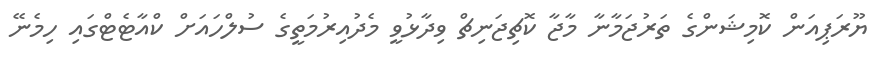
ޔޫރަޕިއަން ކޮމިޝަންގެ ތަރުޖަމާނާ މާޖާ ކޮޗިޖަނިޗް ވިދާޅުވީ މެދުއިރުމަތީގެ ސުލްހައަށް ކްއާޓެޓްގައި ހިމެނޭ